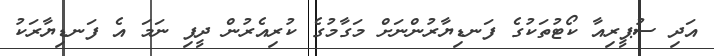
އަދި ސުޕީރިއާ ކޯޓުތަކުގެ ފަނޑިޔާރުންނަށް މަގާމުގެ ކުރިއެރުން ދީފި ނަމަ އެ ފަނޑިޔާރަކު